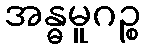
အန္ဓမူဂဉ္စ